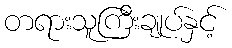
တရားသူကြီးချုပ်နှင့်